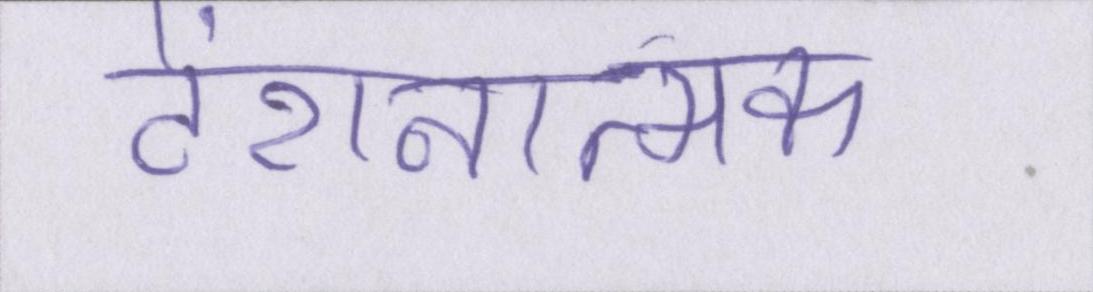
टेंशनात्मक